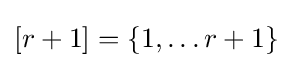
\left[r+1\right]=\left\{1,\ldots r+1\right\}